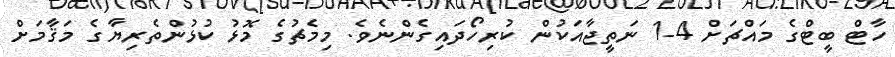
ހާޓް ބީޓްގެ މައްޗަށް 4-1 ނަތީޖާއަކުން ކުރިހޯދައިގެންނެވެ. މިމެޗުގެ މޮޅު ކުޅުންތެރިޔާގެ މަޤާމަށް